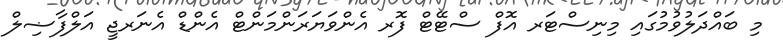
މި ބައްދަލުވުމުގައި މިނިސްޓަރ އޮފް ސްޓޭޓް ފޮރ އެންވަޔަރަންމަންޓް އެންޑް އެނަރޖީ އަލްފާޟިލް